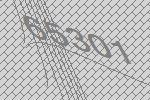
65301